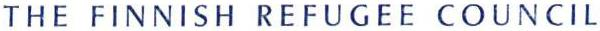
THE FINNISH REFUGEE COUNCIL